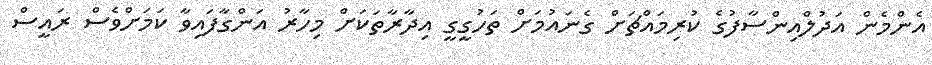
އެންމެން އަދުލްއިންސާފުގެ ކުރިމައްޗަށް ގެނައުމަށް ތަހުގީގީ އިދާރާތަކަށް މިހާރު އަންގާފައިވާ ކަމަށްވެސް ރައީސް